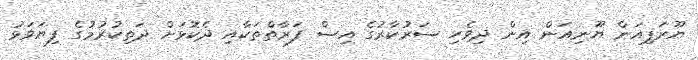
ޔޫރަޕިއަން ޔޫނިއަން އިން ދިވެހި ސަރުކާރުގެ އިސް ފަރާތްތަކާއި ދެކޮޅަށް ދަތިކުރުމުގެ ފިޔަވަޅު